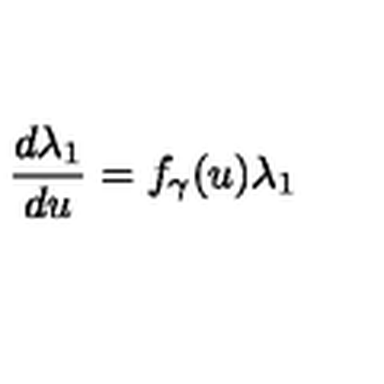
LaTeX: \frac { d \lambda _ { 1 } } { d u } = f _ { \gamma } ( u ) \lambda _ { 1 }